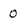
Character: 0